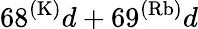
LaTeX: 68^{(\mathrm{K)}}d+69^{(\mathrm{Rb)}}d